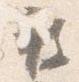
被